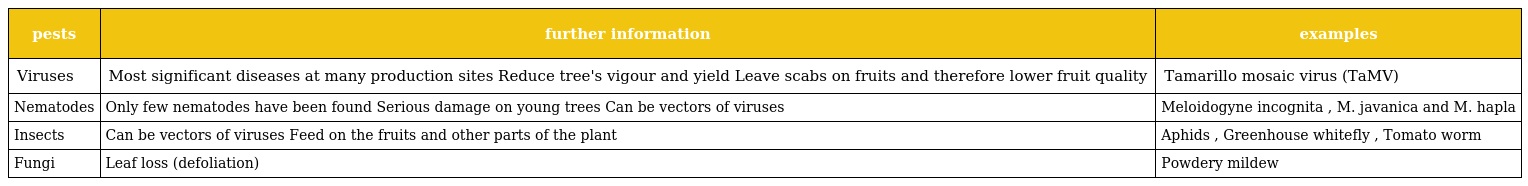
| pests | further information | examples |
 | --- | --- | --- |
 | Viruses | Most significant diseases at many production sites Reduce tree's vigour and yield Leave scabs on fruits and therefore lower fruit quality | Tamarillo mosaic virus (TaMV) |
 | Nematodes | Only few nematodes have been found Serious damage on young trees Can be vectors of viruses | Meloidogyne incognita , M. javanica and M. hapla |
 | Insects | Can be vectors of viruses Feed on the fruits and other parts of the plant | Aphids , Greenhouse whitefly , Tomato worm |
 | Fungi | Leaf loss (defoliation) | Powdery mildew |